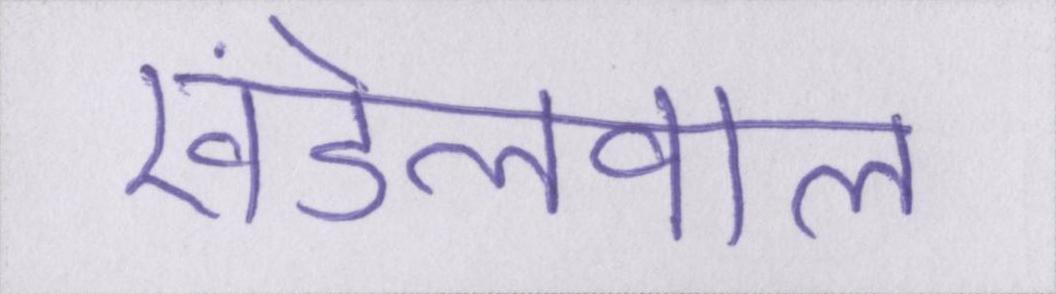
खंडेलवाल